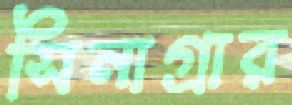
সিনাগ্রার